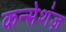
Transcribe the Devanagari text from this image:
कन्सेशंज़